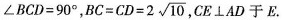
∠ B C D = 9 0 °$$， $$B C = C D = 2 \sqrt { 1 0 }$$ ，CE⊥AD于E.